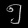
Digit: ၅